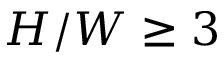
H / W \geq 3